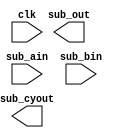
/*******************************************************************************************/
/**                                                                                       **/
/** Copyright 2021 Monte J. Dalrymple                                                     **/
/**                                                                                       **/
/** SPDX-License-Identifier: Apache-2.0 WITH SHL-2.1                                      **/
/**                                                                                       **/
/** Licensed under the Solderpad Hardware License v 2.1 (the "License"); you may not use  **/
/** this file except in compliance with the License, or, at your option, the Apache       **/
/** License version 2.0. You may obtain a copy of the License at                          **/
/**                                                                                       **/
/** https://solderpad.org/licenses/SHL-2.1/                                               **/
/**                                                                                       **/
/** Unless required by applicable law or agreed to in writing, any work distributed under **/
/** the License is distributed on an "AS IS" BASIS, WITHOUT WARRANTIES OR CONDITIONS OF   **/
/** ANY KIND, either express or implied. See the License for the specific language        **/
/** governing permissions and limitations under the License.                              **/
/**                                                                                       **/
/** instantiated subtracter                                           Rev 0.0  03/29/2021 **/
/**                                                                                       **/
/*******************************************************************************************/
module inst_sub  (sub_cyout, sub_out, clk, sub_ain, sub_bin);

  input         clk;                                       /* cpu clock                    */
  input  [31:0] sub_ain;                                   /* primary input a              */
  input  [31:0] sub_bin;                                   /* primary input b              */

  output        sub_cyout;                                 /* subtract carry out           */
  output [31:0] sub_out;                                   /* subtract (a-b) result        */

  /*****************************************************************************************/
  /* signal declarations                                                                   */
  /*****************************************************************************************/
  wire          sub_cyout;                                 /* subtract carry out           */
  wire   [31:0] sub_out;                                   /* addition result              */

`ifdef ICE40_VERSION
  /*****************************************************************************************/
  /* Lattice DSP Function                                                                  */
  /*****************************************************************************************/
  SB_MAC16  SUBTRACT  ( .CLK(clk), .CE(1'b1), .A(sub_ain[15:0]), .AHOLD(1'b0),
                        .B(sub_bin[15:0]), .BHOLD(1'b0), .C(sub_ain[31:16]),
                        .CHOLD(1'b0), .D(sub_bin[31:16]), .DHOLD(1'b0), .IRSTTOP(1'b0),
                        .ORSTTOP(1'b0), .OLOADTOP(1'b0), .ADDSUBTOP(1'b1),
                        .OHOLDTOP(1'b0), .IRSTBOT(1'b0), .ORSTBOT(1'b0), .OLOADBOT(1'b0),
                        .ADDSUBBOT(1'b1), .OHOLDBOT(1'b0), .O(sub_out), .CI(1'b0),
                        .CO(sub_cyout), .ACCUMCI(1'b0), .ACCUMCO(), .SIGNEXTIN(1'b0),
                        .SIGNEXTOUT() );

  defparam SUBTRACT.MODE_8x8              = 1'b1;
  defparam SUBTRACT.TOPADDSUB_UPPERINPUT  = 1'b1;
  defparam SUBTRACT.TOPADDSUB_CARRYSELECT = 2'b10;
  defparam SUBTRACT.BOTADDSUB_UPPERINPUT  = 1'b1;

`endif  // ICE40_VERSION

`ifdef SERIES7_VERSION
  /*****************************************************************************************/
  /* Xilinx adder                                                                          */
  /*****************************************************************************************/
  ADDSUB_MACRO       #( .DEVICE("7SERIES"), .LATENCY(0), .WIDTH(32) )
                SUB   ( .CARRYOUT(sub_cyout), .RESULT(sub_out), .A(sub_ain), .ADD_SUB(1'b0),
                        .B(sub_bin), .CARRYIN(1'b0), .CE(1'b1), .CLK(clk),
                        .RST(1'b0) );

`endif  // SERIES7_VERSION

  endmodule